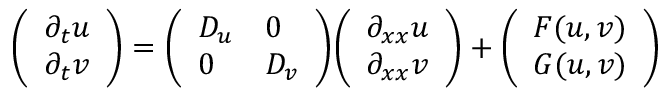
{ \left( \begin{array} { l } { \partial _ { t } u } \\ { \partial _ { t } v } \end{array} \right) } = { \left( \begin{array} { l l } { D _ { u } } & { 0 } \\ { 0 } & { D _ { v } } \end{array} \right) } { \left( \begin{array} { l } { \partial _ { x x } u } \\ { \partial _ { x x } v } \end{array} \right) } + { \left( \begin{array} { l } { F ( u , v ) } \\ { G ( u , v ) } \end{array} \right) }